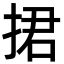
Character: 捃